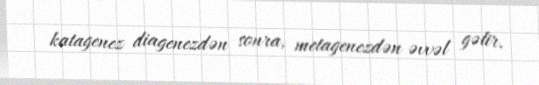
katagenez diagenezdən sonra, metagenezdən əvvəl gəlir.